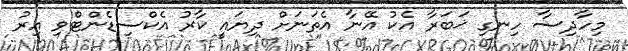
މިހާދިސާ ހިނގި ޚަބަރާ އެކު އޭނާ އެތަނަށް ދިޔައީ ކާރު އެކްސިޑެންޓްވި އިރު